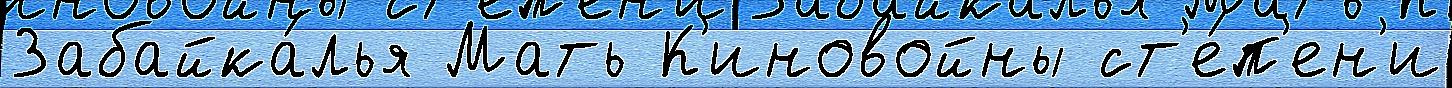
Забайка́лья Мать К'иновойны ст'е́п'ен'и